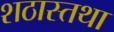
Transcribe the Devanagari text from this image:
शठास्तथा